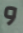
و